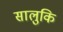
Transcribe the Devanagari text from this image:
सालुकि